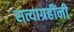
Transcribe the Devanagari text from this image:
सत्याग्रहींनी